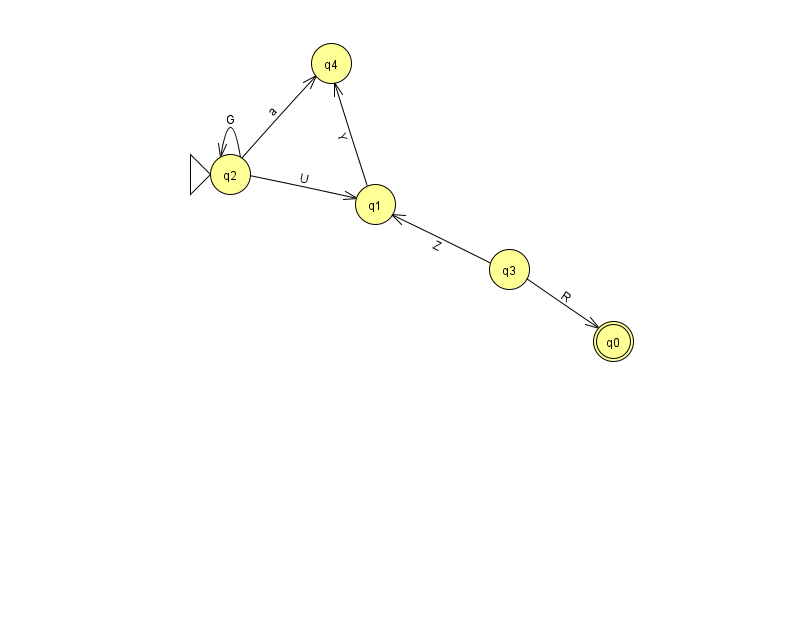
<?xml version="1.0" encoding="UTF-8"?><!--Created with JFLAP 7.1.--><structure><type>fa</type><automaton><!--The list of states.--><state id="0" name="q0"><x>613.0</x><y>328.0</y><final/></state><state id="1" name="q1"><x>375.0</x><y>191.0</y></state><state id="2" name="q2"><x>230.0</x><y>161.0</y><initial/></state><state id="3" name="q3"><x>509.0</x><y>256.0</y></state><state id="4" name="q4"><x>331.0</x><y>50.0</y></state><!--The list of transitions.--><transition><from>1</from><to>4</to><read>Y</read></transition><transition><from>2</from><to>1</to><read>U</read></transition><transition><from>3</from><to>0</to><read>R</read></transition><transition><from>2</from><to>2</to><read>G</read></transition><transition><from>2</from><to>4</to><read>a</read></transition><transition><from>3</from><to>1</to><read>Z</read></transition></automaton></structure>